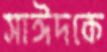
সাঈদকে